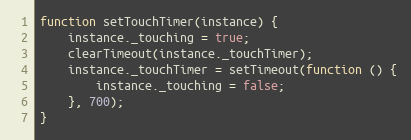
Language: JavaScript
function setTouchTimer(instance) {
    instance._touching = true;
    clearTimeout(instance._touchTimer);
    instance._touchTimer = setTimeout(function () {
        instance._touching = false;
    }, 700);
}